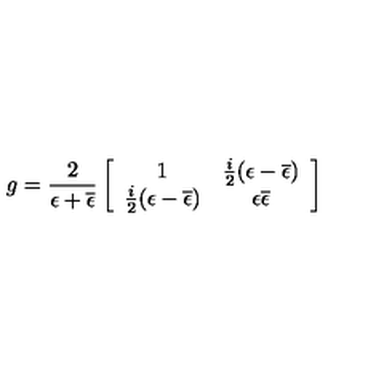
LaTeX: g = { \frac { 2 } { \epsilon + \overline { { \epsilon } } } } \left[ \begin{array} { c c } { 1 } & { { \frac { i } { 2 } } ( \epsilon - \overline { { \epsilon } } ) } \\ { { \frac { i } { 2 } } ( \epsilon - \overline { { \epsilon } } ) } & { \epsilon \overline { { \epsilon } } } \\ \end{array} \right]